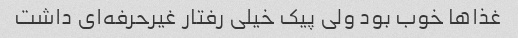
غذاها خوب بود ولی پیک خیلی رفتار غیرحرفه‌ای داشت